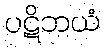
ပဋိဘယံ